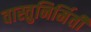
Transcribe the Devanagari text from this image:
वास्तुनिर्मिती